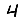
Digit: 4